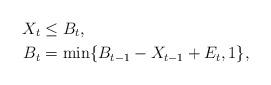
LaTeX: \begin{align*}X_t&\leq B_t,\\B_t&=\min\{B_{t-1}-X_{t-1}+E_t,1\},\end{align*}